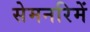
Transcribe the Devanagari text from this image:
सेमनरिमें